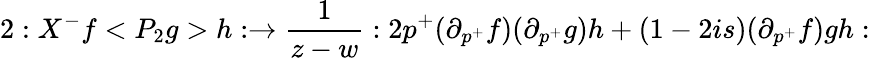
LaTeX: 2:X^{-}f<{P_{2}}g>h:\rightarrow\frac 1{z-w}:2p^{+}(\partial_{p^{+}}f)(\partial_{p^{+}}g)h+(1-2is)(\partial_{p^{+}}f)gh: